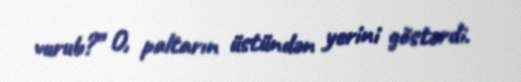
vurub?” O, paltarın üstündən yerini göstərdi.